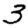
Digit: 3